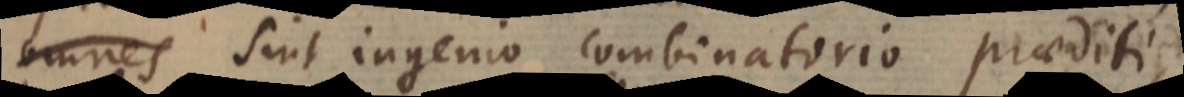
omnes sint ingenio combinatorio praediti,